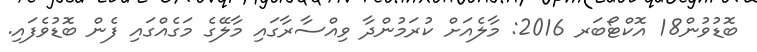
ބޮޑުވުން18 އޮކްޓޯބަރ 2016: މާލެއަށް ކުރަމުންދާ ވިއްސާރާގައި މާލޭގެ މަގެއްގައި ފެން ބޮޑުވެފައި.